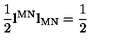
\frac { 1 } { 2 } \mathbf { l } ^ { \mathrm { M N } } \mathbf { l } _ { \mathrm { M N } } = \frac { 1 } { 2 }